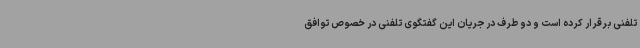
تلفنی برقرار کرده است و دو طرف در جریان این گفتگوی تلفنی در خصوص توافق